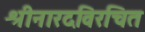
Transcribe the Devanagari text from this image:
श्रीनारदविरचित